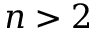
n > 2